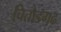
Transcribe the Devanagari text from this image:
चितौडगढ